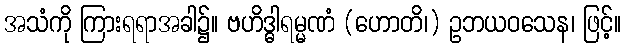
အသံကို ကြားရရာအခါ၌။ ဗဟိဒ္ဓါရမ္မဏံ (ဟောတိ၊) ဥဘယဝသေန၊ ဖြင့်။